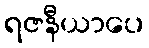
ရဇနီယာပေ